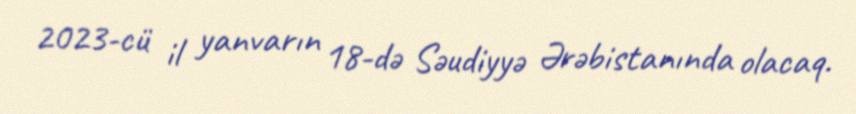
2023-cü il yanvarın 18-də Səudiyyə Ərəbistanında olacaq.